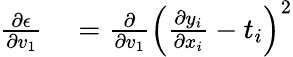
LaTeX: \begin{array}{rl}{\frac{\partial\epsilon}{\partial v_{1}}}&{{}=\frac{\partial}{\partial v_{1}}\left(\frac{\partial y_{i}}{\partial x_{i}}-t_{i}\right)^{2}}\end{array}